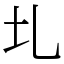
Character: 圠